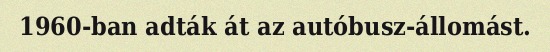
1960-ban adták át az autóbusz-állomást.